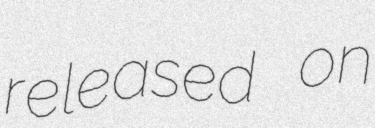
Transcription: released on